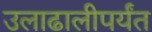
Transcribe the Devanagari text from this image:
उलाढालीपर्यंत